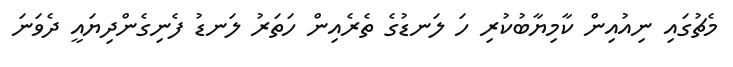
މެޗުގައި ނިއުއިން ކާމިޔާބުކުރި ހަ ލަނޑުގެ ތެރެއިން ހަތަރު ލަނޑު ފެނިގެންދިޔައީ ދެވަނަ